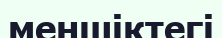
меншіктегі